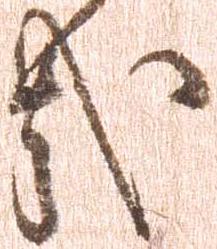
哉